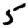
Digit: 5